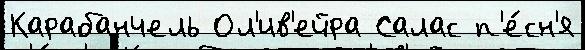
Карабанчель Ол'ив'ейра Салас п'е́сн'я